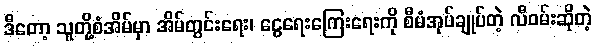
ဒီတော့ သူတို့စံအိမ်မှာ အိမ်တွင်းရေး၊ ငွေရေးကြေးရေးကို စီမံအုပ်ချုပ်တဲ့ လီဝမ်းဆိုတဲ့